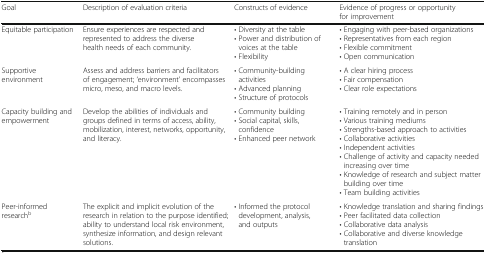
<table><thead><tr><td><b>Goal</b></td><td><b>Description of evaluation criteria</b></td><td><b>Constructs of evidence</b></td><td><b>Evidence of progress or opportunity for improvement</b></td></tr></thead><tbody><tr><td>Equitable participation</td><td>Ensure experiences are respected and represented to address the diverse health needs of each community.</td><td>• Diversity at the table• Power and distribution of voices at the table• Flexibility</td><td>• Engaging with peer-based organizations• Representatives from each region• Flexible commitment• Open communication</td></tr><tr><td>Supportive environment</td><td>Assess and address barriers and facilitators of engagement; ‘environment’ encompasses micro, meso, and macro levels.</td><td>• Community-building activities• Advanced planning• Structure of protocols</td><td>• A clear hiring process• Fair compensation• Clear role expectations</td></tr><tr><td>Capacity building and empowerment</td><td>Develop the abilities of individuals and groups defined in terms of access, ability, mobilization, interest, networks, opportunity, and literacy.</td><td>• Community building• Social capital, skills, confidence• Enhanced peer network</td><td>• Training remotely and in person• Various training mediums• Strengths-based approach to activities• Collaborative activities• Independent activities• Challenge of activity and capacity needed increasing over time• Knowledge of research and subject matter building over time• Team building activities</td></tr><tr><td>Peer-informed research<sup>b</sup></td><td>The explicit and implicit evolution of the research in relation to the purpose identified; ability to understand local risk environment, synthesize information, and design relevant solutions.</td><td>• Informed the protocol development, analysis, and outputs</td><td>• Knowledge translation and sharing findings• Peer facilitated data collection• Collaborative data analysis• Collaborative and diverse knowledge translation</td></tr></tbody></table>